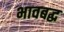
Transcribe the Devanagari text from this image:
भावबद्ध